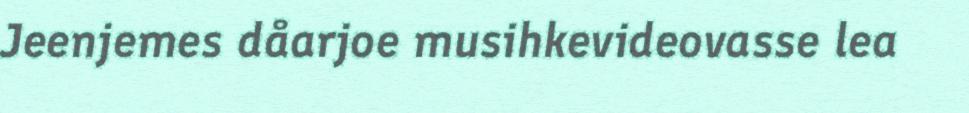
Jeenjemes dåarjoe musihkevideovasse lea